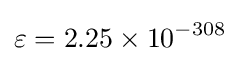
\varepsilon =2.25\times 10^{-308}